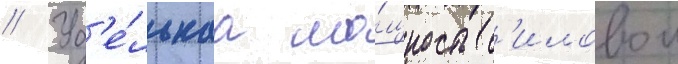
// Уд'е́льнаа мо́щность с'иловои